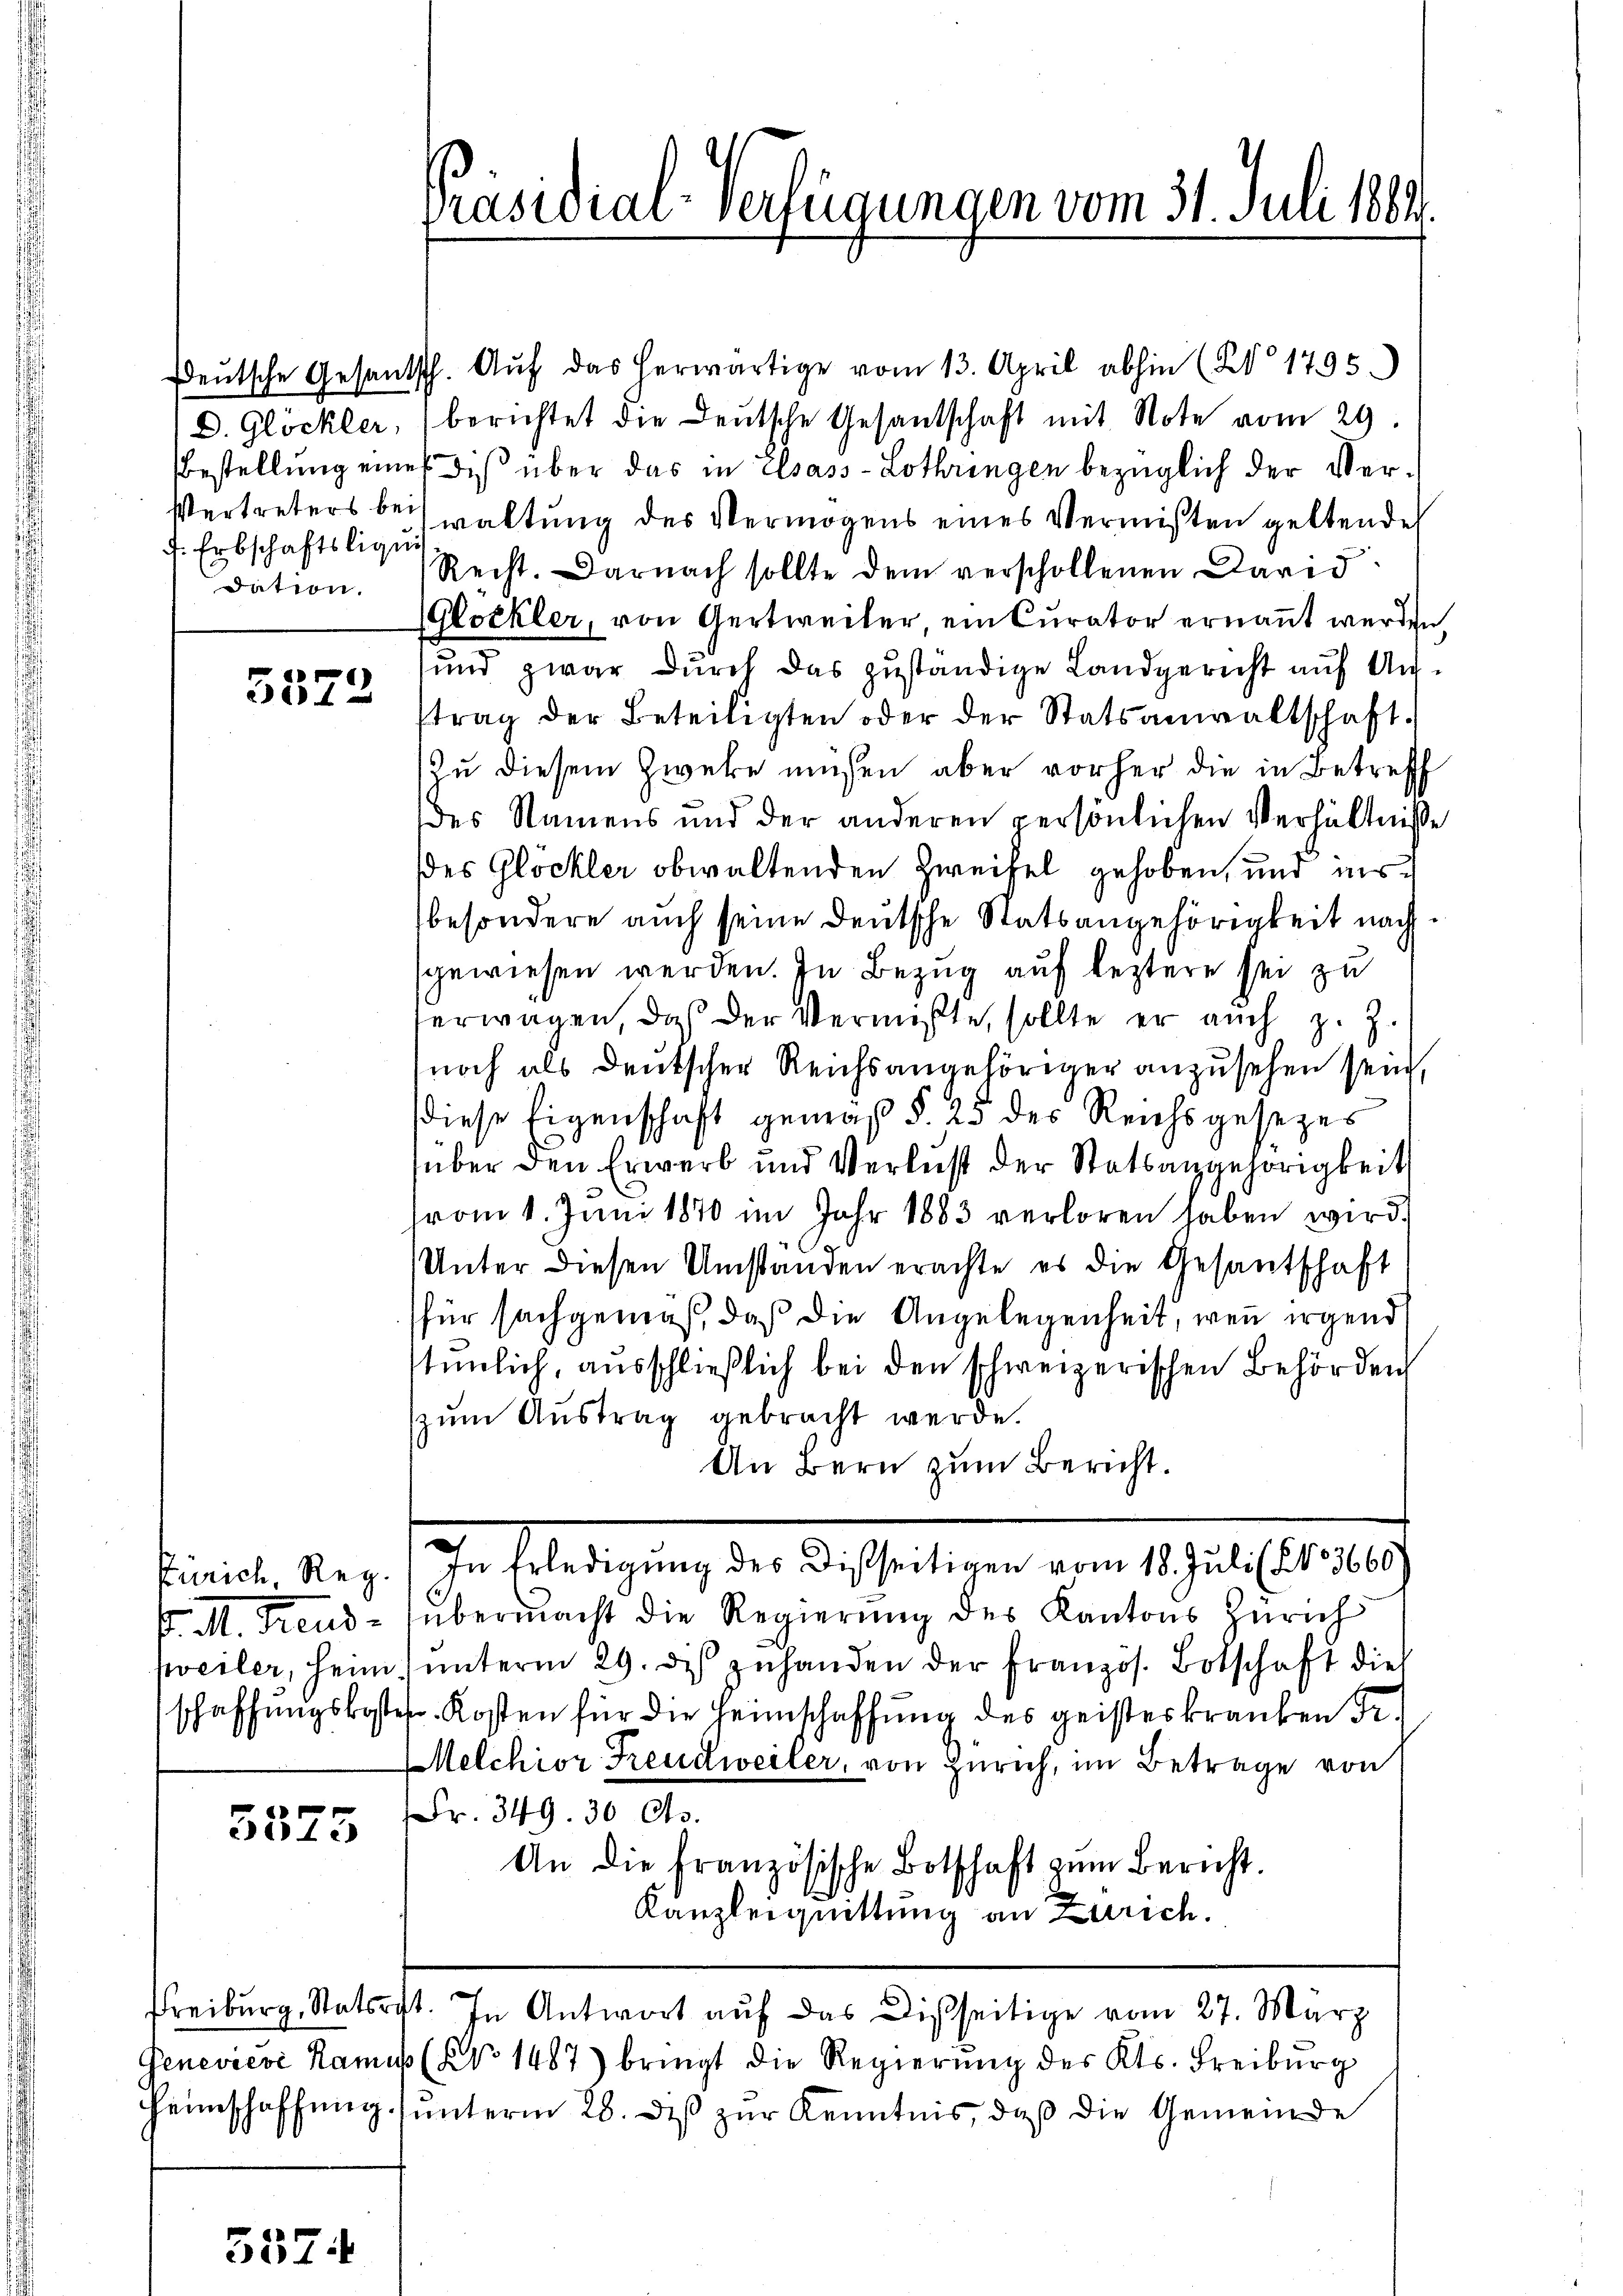
f. Erbschaftsliqui
dation.

)
 60 f 0

Zürich, Reg.
. M. Braus-
veiler, heim
schaffungskost

5575

557.

deŭtsche Gesantsch. Aŭf das herwärtige vom 13. April abhin (§ 1795.)
D. Glöckler, berichtet die Deutsche Gesandschaft mit Note vom 29.
Bestellung eines die über das in Elsass-Lothringen bezüglich der Ver¬
Vertreters bei waltung des Vermögens eines Vermißten geltende
Recht. Darnach sollte dem verschollenen David
(Glöckler, von Gertweiler, ein Curator ernannt werden,
und zwar durch das zuständige Landgericht auf Auftrag der Beteiligten oder der Statsanwaltschaft.
Zu diesem Zwecke müssen aber vorher die in Betreff
des Namens und der anderen persönlichen Verhältnisse
des Glöckler obwaltenden Zweifel gehoben, und insbesondere auch seine Deutsche Statsangehörigkeit nach
sgewiesen werden. In Bezug auf leztere sei zu
erwagen, daß der Vermißte, sollte er auch z. Z.
noch als deutscher Reichsangehöriger anzusehen sein,
diese Eigenschaft gemäß §. 23 des Reichsgesezes
über den Erwerb und Verlust der Statsangehörigkeit
rom 1. Juni 1870 im Jahr 1883 verloren haben wird.
Unter diesen Umstanden erachte es die Gesantschaft
für sachgemäß, daß die Angelegenheit, wenn irgend
stümlich, ausschließlich bei den schweizerischen Behörden
(zum Austrag gebracht werde.
An Bern zum Bericht.
Der Erledigung der A. Theilung vom 1. c. fr. 1807.
übermacht die Regierung des Kantons Zürich
 ŭnterm 29. des zuhanden der Französ. Botschaft die
r. Kosten für die Heimschaffung des geisteskranken Fr.
Melchior Freudweiler, von Zürich, im Betrage von
Fr. 349. 30 Cts.
An die französische Botschaft zŭm Bericht.
Kanzleiquittung an Zürich.
Freiburg, Statorist. In Antwort auf das Disseitige vom 27. März
Geneviève Namus (NNo. 1487) bringt die Regierŭng des Kts. Freiburg
Heimschaffŭng ŭnterm 28. dβ zŭr Kenntnis, daß die Gemeinde

Präsidial-Verfügungen vom 31. Juli 1884